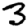
Digit: 3